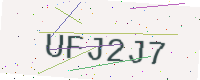
Text: UFJ2J7